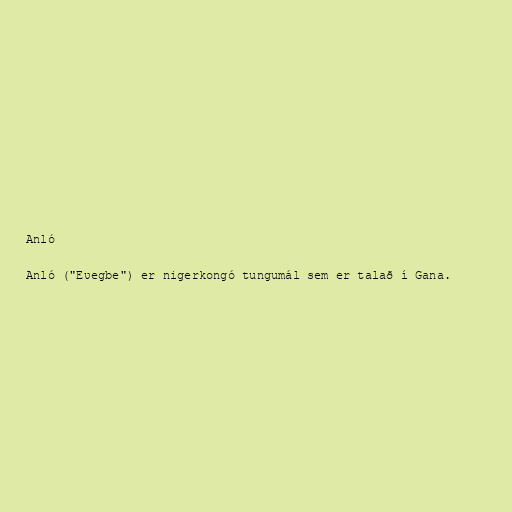
Anló

Anló ("Eʋegbe") er nigerkongó tungumál sem er talað í Gana.